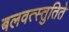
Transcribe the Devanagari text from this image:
बलवत्स्तुतिते